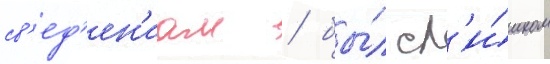
св'ед'ен'иам / бы́л сл'и́шком